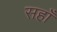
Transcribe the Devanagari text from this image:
सहाँ